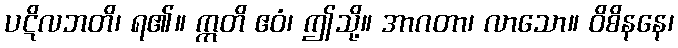
ပဋိလဘတိ၊ ရ၏။ ဣတိ ဧဝံ၊ ဤသို့။ အာဂတာ၊ လာသော။ ဝိစိနနေ၊